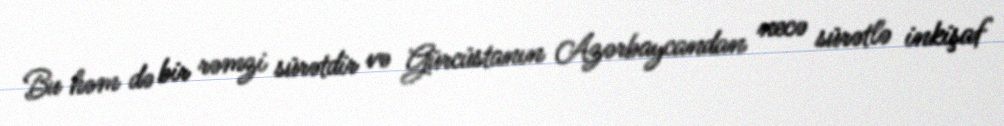
Bu həm də bir rəmzi sürətdir və Gürcüstanın Azərbaycandan necə sürətlə inkişaf